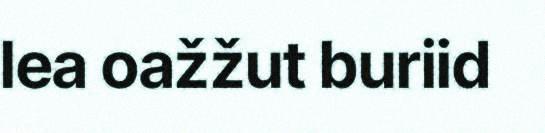
lea oažžut buriid